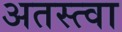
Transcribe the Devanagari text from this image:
अतस्त्वा